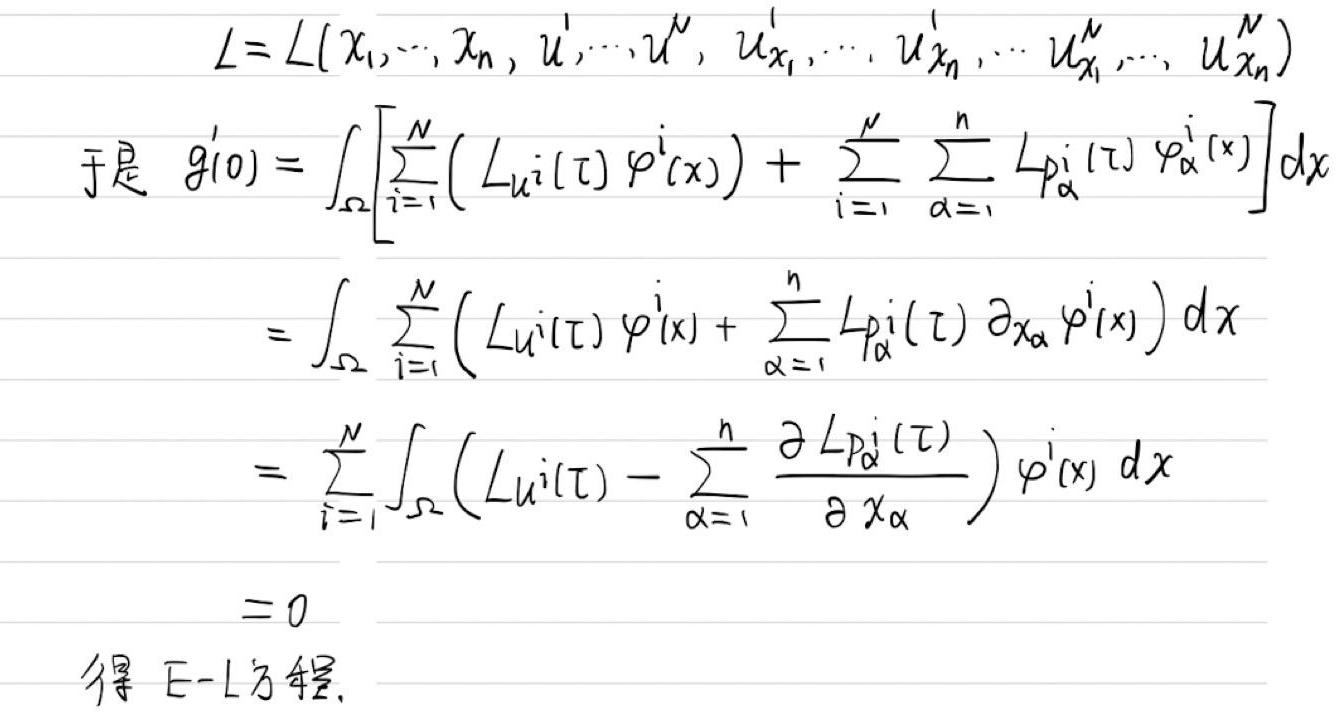
\(L&=L(x_1,\cdots,x_n, u^1,\cdots,u^N, u_{x_1}^1,\cdots, u_{x_n}^1,\cdots u_{x_1}^N,\cdots, u_{x_n}^N)\)\\
于是\( g'(0)&=\int_{\Omega}\left[\sum_{i = 1}^{N}(L_{u^i}(\tau)\varphi^i(x))+\sum_{i = 1}^{N}\sum_{\alpha = 1}^{n}L_{p_{\alpha}^i}(\tau)\varphi_{\alpha}^i(x)\right]dx\)\\
\(&=\int_{\Omega}\sum_{i = 1}^{N}(L_{u^i}(\tau)\varphi^i(x)+\sum_{\alpha = 1}^{n}L_{p_{\alpha}^i}(\tau)\partial_{x_{\alpha}}\varphi^i(x))dx\)\\
\(&=\sum_{i = 1}^{N}\int_{\Omega}\left(L_{u^i}(\tau)-\sum_{\alpha = 1}^{n}\frac{\partial L_{p_{\alpha}^i}(\tau)}{\partial x_{\alpha}}\right)\varphi^i(x)dx\)\\
\(&= 0\)\\
得\( E - L \)方程.